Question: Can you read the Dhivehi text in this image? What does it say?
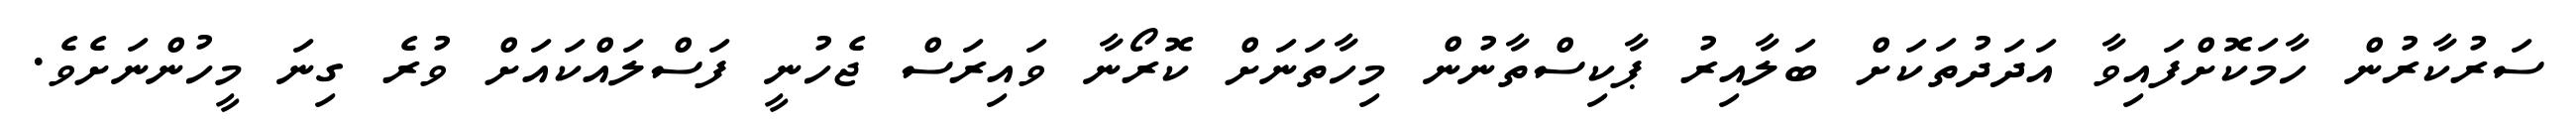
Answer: ސަރުކާރުން ހާމަކޮށްފައިވާ އަދަދުތަކަށް ބަލާއިރު ޕާކިސްތާނުން މިހާތަނަށް ކޮރޯނާ ވައިރަސް ޖެހުނީ ފަސްލައްކައަށް ވުރެ ގިނަ މީހުންނަށެވެ.